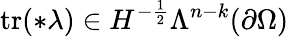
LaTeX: \mathrm{tr}(\ast\lambda)\in H^{-\frac{1}{2}}\Lambda^{n-k}(\partial\Omega)